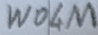
Text: W04M